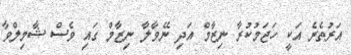
އަރުތެރެ އަކީ ހަޖަމުކުރާ ނިޒާމް އަދި ނޭވާލާ ނިޒާމް ގައި ވެސް ޝާމިލްވާ